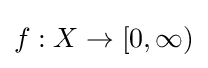
f:X\to [0,\infty )